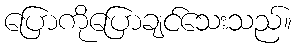
ပြောကိုပြောချင်သေးသည်။